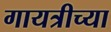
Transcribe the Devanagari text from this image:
गायत्रीच्या